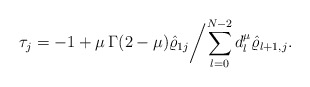
\begin{align*} \tau_j=-1+\mu \,\Gamma(2-\mu) \hat \varrho_{1j}\bigg/{\sum_{l=0}^{N-2} d_l^\mu \hat \varrho_{l+1,j}}. \end{align*}